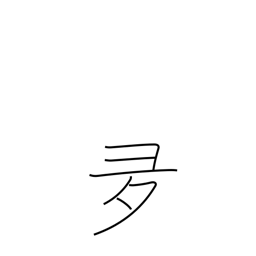
Meaning: over